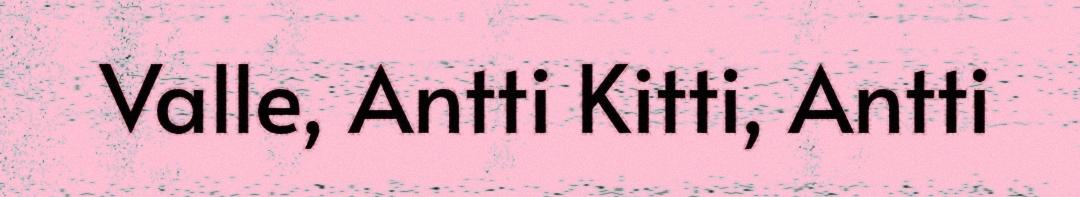
Valle, Antti Kitti, Antti